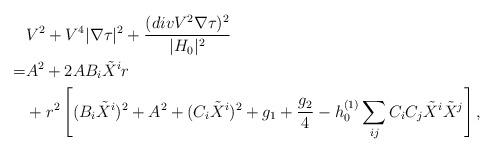
LaTeX: \begin{align*} &V ^2 + V ^4 |\nabla \tau|^2 +\frac{(div V ^2 \nabla \tau)^2}{|H_0|^2} \\= &A^2 +2AB_i \tilde{X}^i r \\ &+ r^2 \left [ (B_i \tilde{X}^i)^2 +A^2+(C_i \tilde{X}^i)^2 + g_1+ \frac{g_2}{4} - h_0^{(1)} \sum_{ij} C_iC_j \tilde {X}^i \tilde {X}^j \right], \end{align*}